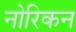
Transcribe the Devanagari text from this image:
नोरिकन